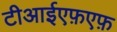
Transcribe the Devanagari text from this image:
टीआईएफ़एफ़